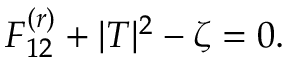
F _ { 1 2 } ^ { ( r ) } + | T | ^ { 2 } - \zeta = 0 .